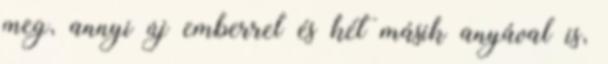
meg, annyi új emberrel és két másik anyával is,